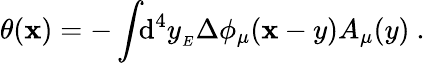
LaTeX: \theta(\mathbf{x})=-\int\! \! \mathrm{d}^{4}y_{_{E}}\Delta\phi_{\mu}(\mathbf{x}-y)A_{\mu}(y)\ .